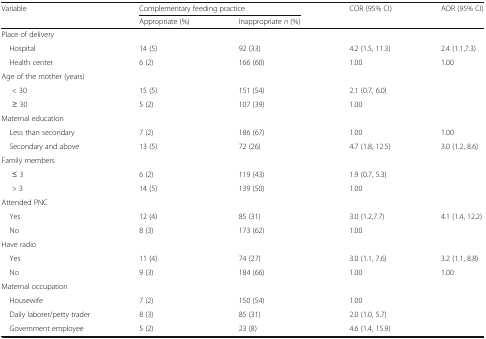
| <ROWSPAN=2> Variable | <COLSPAN=2> Complementary feeding practice | <ROWSPAN=2> COR (95% CI) | <ROWSPAN=2> AOR (95% CI) |
 | Appropriate (%) | Inappropriate n (%) |
 | --- | --- | --- | --- | --- |
 | <COLSPAN=5> Place of delivery |
 | Hospital | 14 (5) | 92 (33) | 4.2 (1.5, 11.3) | 2.4 (1.1,7.3) |
 | Health center | 6 (2) | 166 (60) | 1.00 | 1.00 |
 | <COLSPAN=5> Age of the mother (years) |
 | < 30 | 15 (5) | 151 (54) | 2.1 (0.7, 6.0) |  |
 | ≥ 30 | 5 (2) | 107 (39) | 1.00 |  |
 | <COLSPAN=5> Maternal education |
 | Less than secondary | 7 (2) | 186 (67) | 1.00 | 1.00 |
 | Secondary and above | 13 (5) | 72 (26) | 4.7 (1.8, 12.5) | 3.0 (1.2, 8.6) |
 | <COLSPAN=5> Family members |
 | ≤ 3 | 6 (2) | 119 (43) | 1.9 (0.7, 5.3) |  |
 | > 3 | 14 (5) | 139 (50) | 1.00 |  |
 | <COLSPAN=5> Attended PNC |
 | Yes | 12 (4) | 85 (31) | 3.0 (1.2,7.7) | 4.1 (1.4, 12.2) |
 | No | 8 (3) | 173 (62) | 1.00 |  |
 | <COLSPAN=5> Have radio |
 | Yes | 11 (4) | 74 (27) | 3.0 (1.1, 7.6) | 3.2 (1.1, 8.8) |
 | No | 9 (3) | 184 (66) | 1.00 | 1.00 |
 | <COLSPAN=5> Maternal occupation |
 | Housewife | 7 (2) | 150 (54) | 1.00 |  |
 | Daily laborer/petty trader | 8 (3) | 85 (31) | 2.0 (1.0, 5.7) |  |
 | Government employee | 5 (2) | 23 (8) | 4.6 (1.4, 15.9) |  |